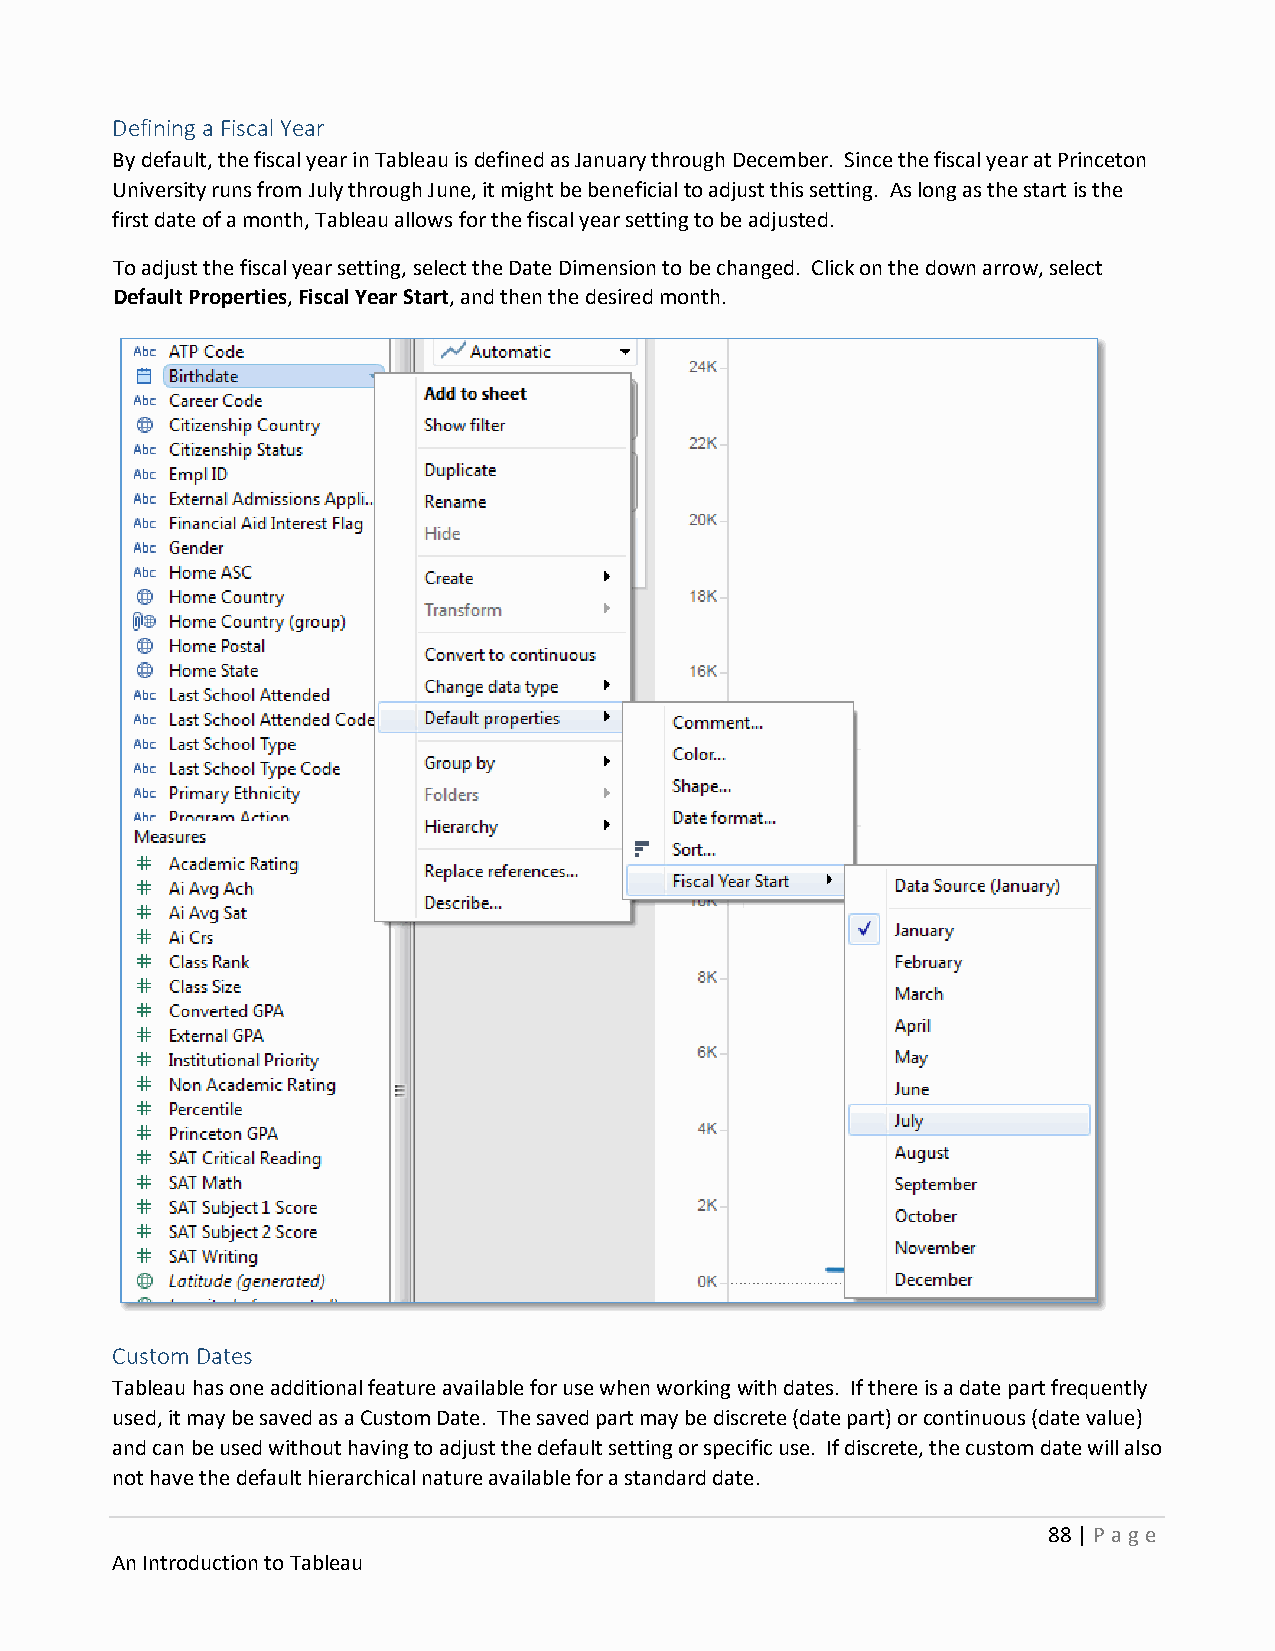
Defining a Fiscal Year
 By default, the fiscal year in Tableau is defined as January through December. Since the fiscal year at Princeton
 University runs from July through June, it might be beneficial to adjust this setting. As long as the start is the
 first date of a month, Tableau allows for the fiscal year setting to be adjusted.
 To adjust the fiscal year setting, select the Date Dimension to be changed. Click on the down arrow, select
 Default Properties, Fiscal Year Start, and then the desired month.
 Custom Dates
 Tableau has one additional feature available for use when working with dates. If there is a date part frequently
 used, it may be saved as a Custom Date. The saved part may be discrete (date part) or continuous (date value)
 and can be used without having to adjust the default setting or specific use. If discrete, the custom date will also
 not have the default hierarchical nature available for a standard date.
 88 | P age
 An Introduction to Tableau